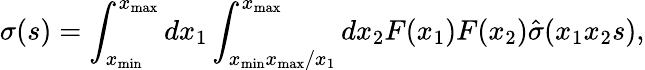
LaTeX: \displaystyle\sigma(s)=\int_{x_{\mathrm{min}}}^{x_{\mathrm{max}}}dx_{1}\int_{x_{\mathrm{min}}x_{\mathrm{max}}/x_{1}}^{x_{\mathrm{max}}}dx_{2}F(x_{1})F(x_{2})\hat{\sigma}(x_{1}x_{2}s),